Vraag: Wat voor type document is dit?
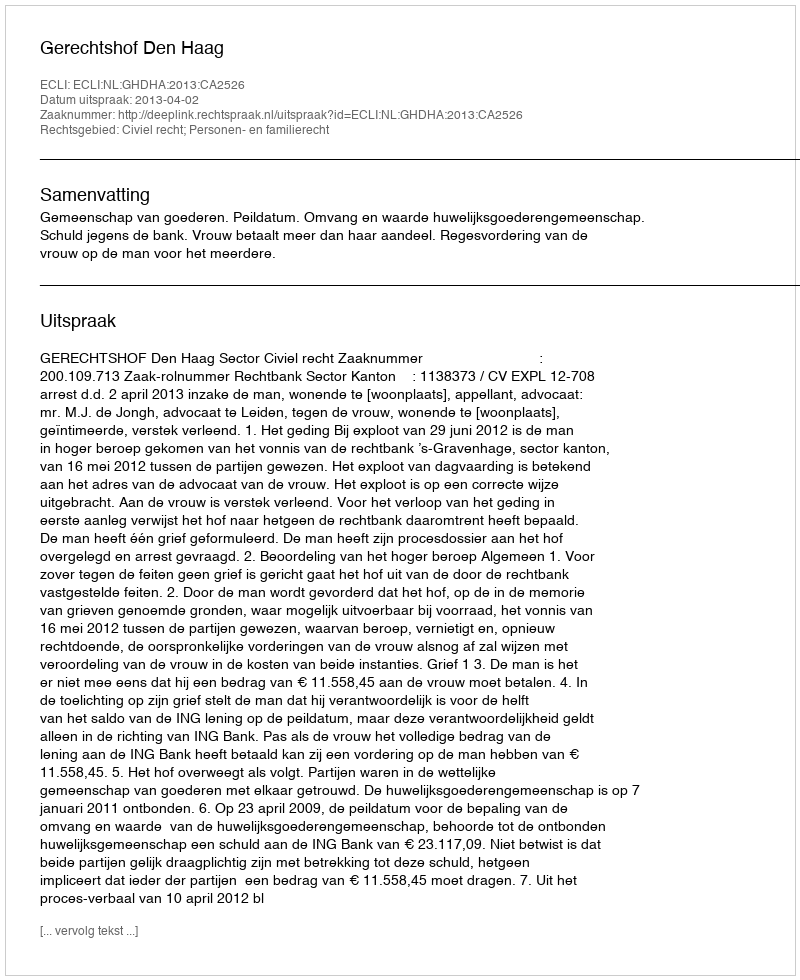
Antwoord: Uitspraak